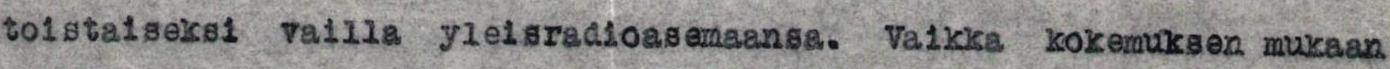
toistaiseksi vailla yleisradioasemaansa. Vaikka kokemuksen mukaan